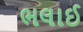
ભલાઈ